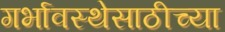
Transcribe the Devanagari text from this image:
गर्भावस्थेसाठीच्या